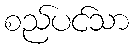
စည်ပင်သာ